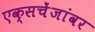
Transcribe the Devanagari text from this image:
एक्सचेंजांवर